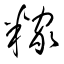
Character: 糘